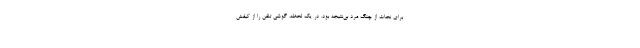
برای نجات از چنگ مرد بی‌نتیجه بود. در یک لحظه، گوشی تلفن را از کیفش